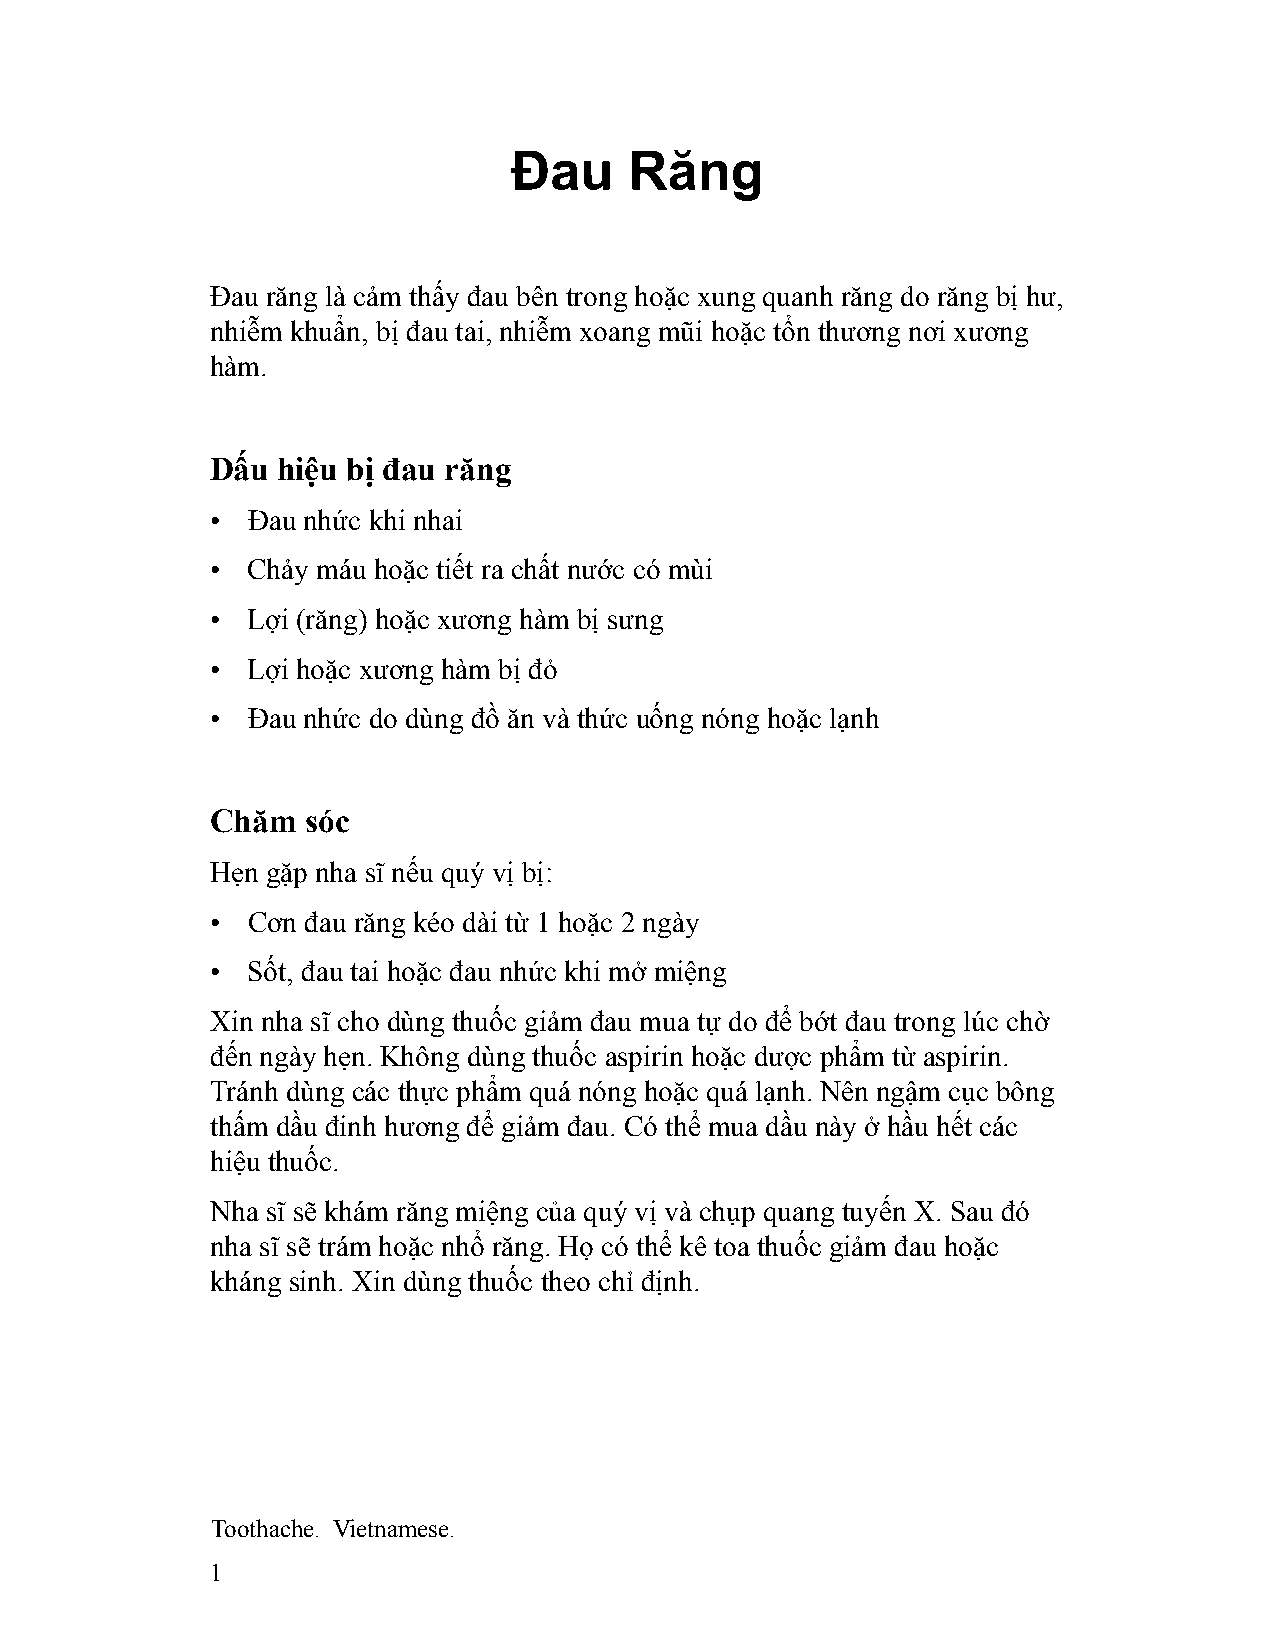
Đau     Răng
 Đau răng là cảm thấy đau bên trong hoặc xung quanh răng do răng bị hư,
 nhiễm khuẩn, bị đau tai, nhiễm xoang mũi hoặc tổn thương nơi xương
 hàm.
 Dấu hiệu bị đau răng
 • Đau nhức khi nhai
 • Chảy máu hoặc tiết ra chất nước có mùi
 • Lợi (răng) hoặc xương hàm bị sưng
 • Lợi hoặc xương hàm bị đỏ
 • Đau nhức do dùng đồ ăn và thức uống nóng hoặc lạnh
 Chăm  sóc
 Hẹn gặp nha sĩ nếu quý vị bị:
 • Cơn đau răng kéo dài từ 1 hoặc 2 ngày
 • Sốt, đau tai hoặc đau nhức khi mở miệng
 Xin nha sĩ cho dùng thuốc giảm đau mua tự do để bớt đau trong lúc chờ
 đến ngày hẹn. Không dùng thuốc aspirin hoặc dược phẩm từ aspirin.
 Tránh dùng các thực phẩm quá nóng hoặc quá lạnh. Nên ngậm cục bông
 thấm dầu đinh hương để giảm đau. Có thể mua dầu này ở hầu hết các
 hiệu thuốc.
 Nha sĩ sẽ khám răng miệng của quý vị và chụp quang tuyến X. Sau đó
 nha sĩ sẽ trám hoặc nhổ răng. Họ có thể kê toa thuốc giảm đau hoặc
 kháng sinh. Xin dùng thuốc theo chỉ định.
 Toothache. Vietnamese.
 1